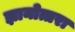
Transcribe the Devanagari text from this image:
ज्ञानोत्तरा